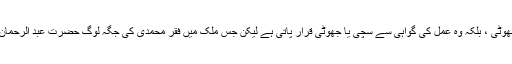
چنانچہ میرے اُستادِ ذی وقار ؒ نے فرمایا کہ : “کوئی بات سچی ہوتی ہے نہ جھوٹی ، بلکہ وہ عمل کی گواہی سے سچی یا جھوٹی قرار پاتی ہے لیکن جس ملک میں فقرِ محمدی کی جگہ لوگ حضرت عبد الرحمان بن عوفؓ کے اونٹوں کے دین پر ہوں وہاں کرپشن نہیں ہوگی تو اورکیا ہوگا ۔